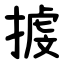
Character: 㨜